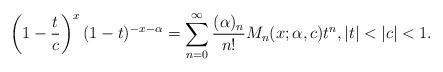
LaTeX: \begin{align*}\left(1-\frac{t}{c}\right)^{x}(1-t)^{-x-\alpha}=\sum_{n=0}^\infty\frac{(\alpha)_n}{n!}M_n(x;\alpha,c)t^n,|t|<|c|<1.\end{align*}